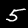
Digit: 5